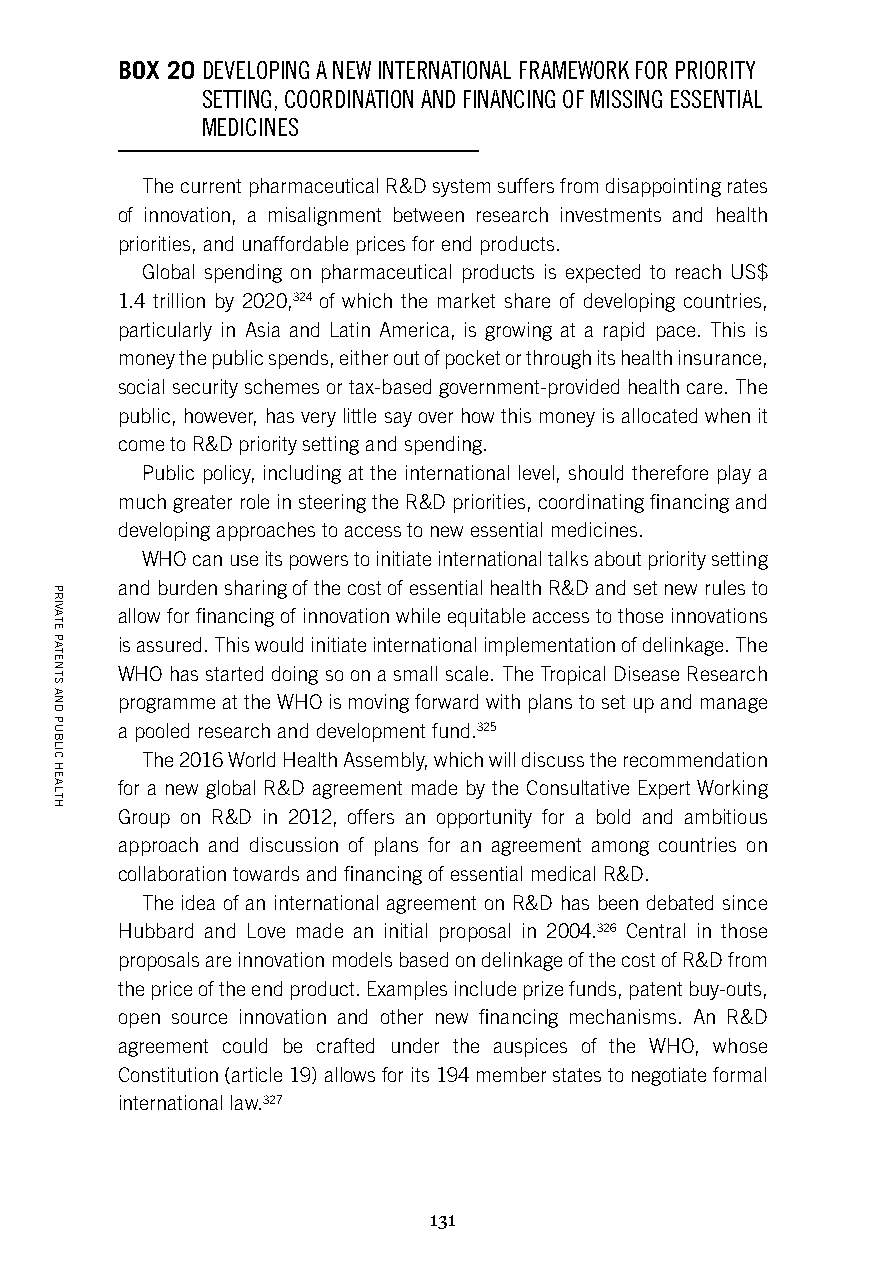
BOX 20 D EVELOPING A NEW INTERNATIONAL FRAMEWORK FOR PRIORITY
 SETTING, COORDINATION AND FINANCING OF MISSING ESSENTIAL
 MEDICINES
 The current pharmaceutical R&D system suffers from disappointing rates
 of innovation, a misalignment between research investments and health
 priorities, and unaffordable prices for end products.
 Global spending on pharmaceutical products is expected to reach US$
 1.4 trillion by 2020,324 of which the market share of developing countries,
 particularly in Asia and Latin America, is growing at a rapid pace. This is
 money the public spends, either out of pocket or through its health insurance,
 social security schemes or tax-based government-provided health care. The
 public, however, has very little say over how this money is allocated when it
 come to R&D priority setting and spending.
 Public policy, including at the international level, should therefore play a
 much greater role in steering the R&D priorities, coordinating financing and
 developing approaches to access to new essential medicines.
 WHO can use its powers to initiate international talks about priority setting
 and burden sharing of the cost of essential health R&D and set new rules to
 allow for financing of innovation while equitable access to those innovations
 is assured. This would initiate international implementation of delinkage. The
 WHO has started doing so on a small scale. The Tropical Disease Research
 programme at the WHO is moving forward with plans to set up and manage
 a pooled research and development fund.325
 The 2016 World Health Assembly, which will discuss the recommendation
 for a new global R&D agreement made by the Consultative Expert Working
 Group on R&D in 2012, offers an opportunity for a bold and ambitious
 approach and discussion of plans for an agreement among countries on
 collaboration towards and financing of essential medical R&D.
 The idea of an international agreement on R&D has been debated since
 Hubbard and Love made an initial proposal in 2004.326 Central in those
 proposals are innovation models based on delinkage of the cost of R&D from
 the price of the end product. Examples include prize funds, patent buy-outs,
 open source innovation and other new financing mechanisms. An R&D
 agreement could be crafted under the auspices of the WHO, whose
 Constitution (article 19) allows for its 194 member states to negotiate formal
 international law.327
 131
 PRIVATE
 PATENTS
 AND
 PUBLIC
 HEALTH